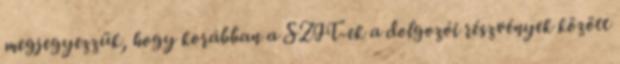
megjegyezzük, hogy korábban a SZIT-ek a dolgozói részvények között